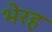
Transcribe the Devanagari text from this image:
भेरह